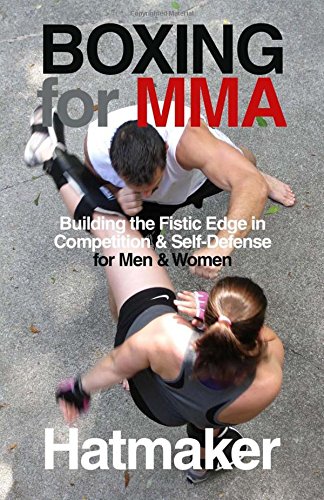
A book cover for Boxing for MMA: Building the Fistic Edge in Competition & Self-Defense for Men & Women; Mark Hatmaker; Sports & Outdoors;